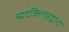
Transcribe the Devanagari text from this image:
न्मदक्लिन्नद्वारो